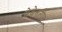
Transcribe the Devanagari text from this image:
सेवेनटीन